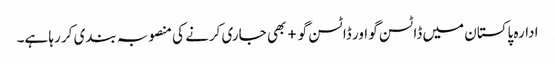
ادارہ پاکستان میں ڈاٹسن گو اور ڈاٹسن گو+ بھی جاری کرنے کی منصوبہ بندی کر رہا ہے۔